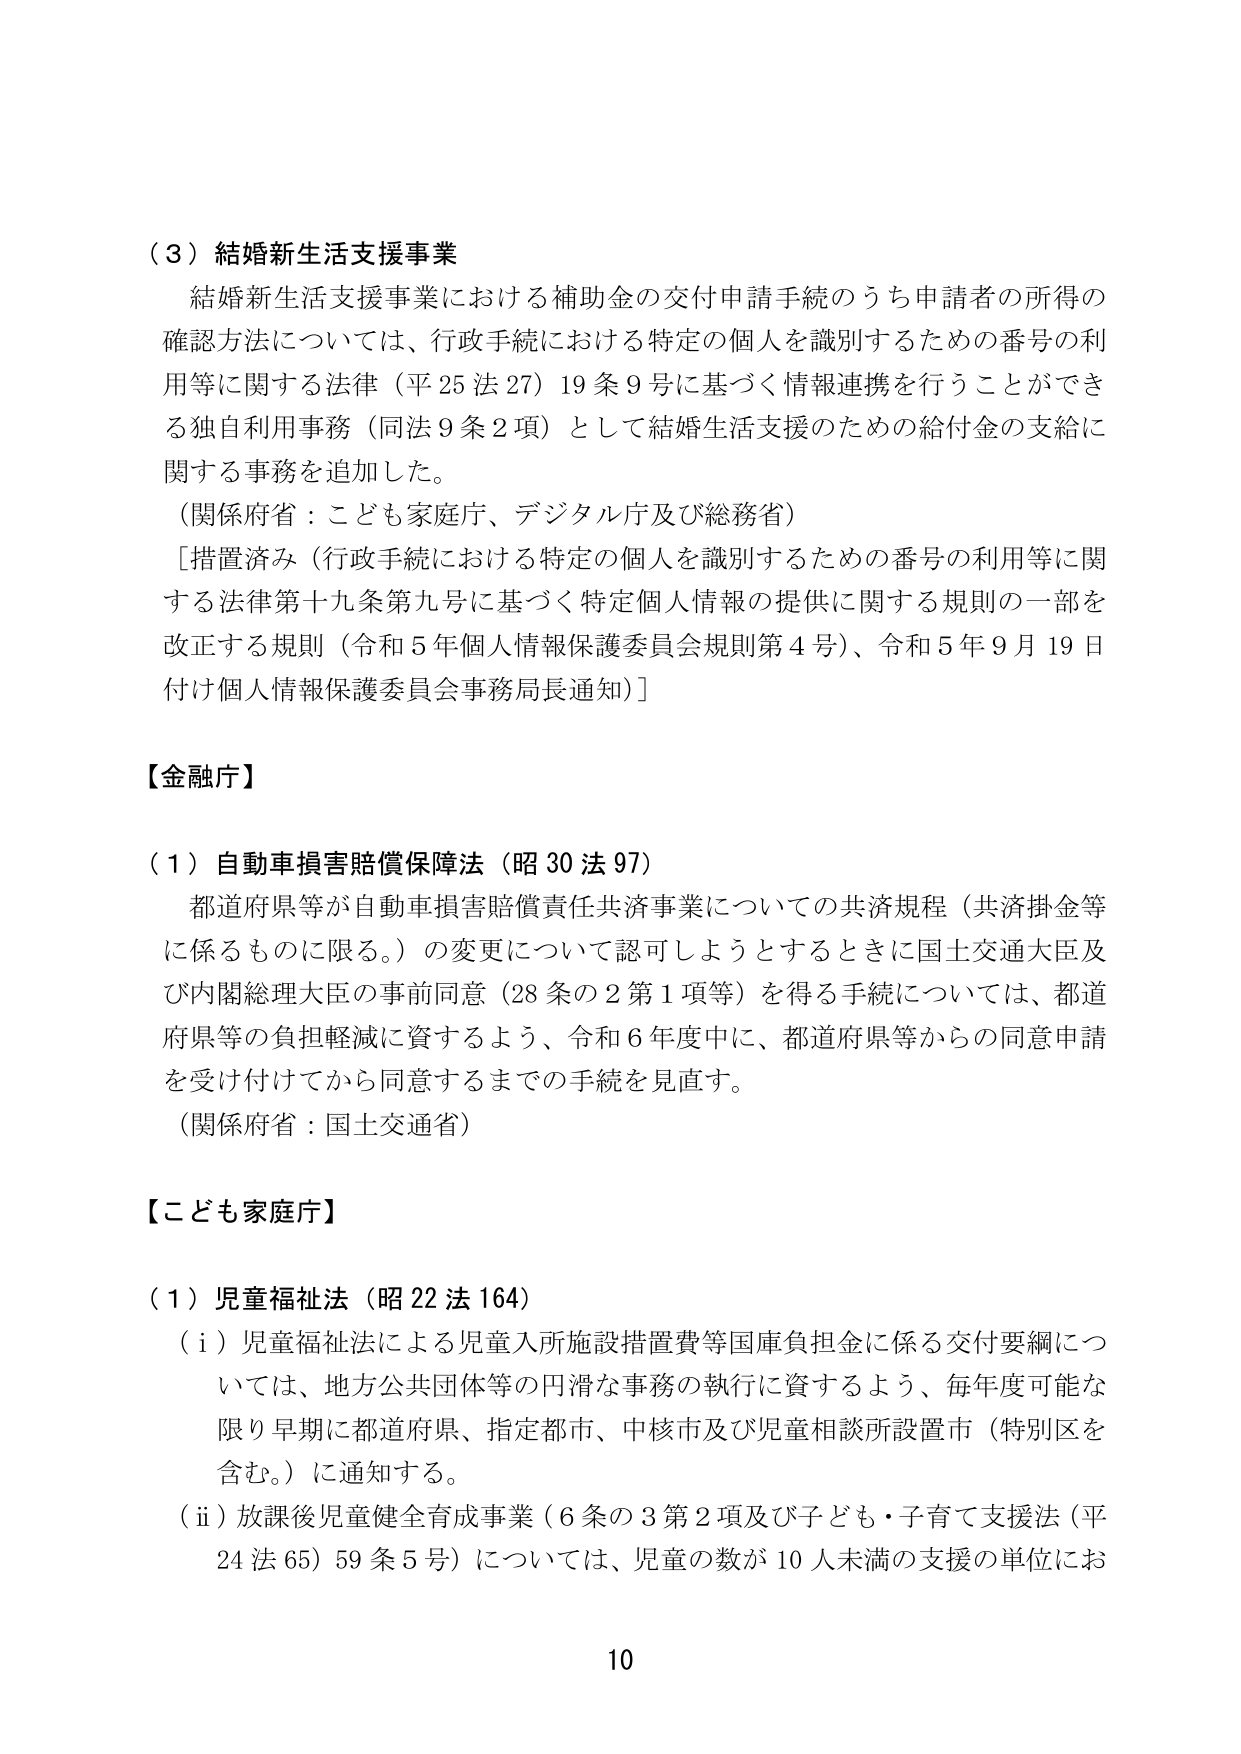
（３）結婚新生活支援事業
結婚新生活支援事業における補助金の交付申請手続のうち申請者の所得の
確認方法については、行政手続における特定の個人を識別するための番号の利
用等に関する法律（平25法27）19条9号に基づく情報連携を行うことができ
る独自利用事務（同法9条2項）として結婚生活支援のための給付金の支給に
関する事務を追加した。
（関係府省：こども家庭庁、デジタル庁及び総務省）
［措置済み（行政手続における特定の個人を識別するための番号の利用等に関
する法律第十九条第九号に基づく特定個人情報の提供に関する規則の一部を
改正する規則（令和5年個人情報保護委員会規則第4号）、令和5年9月19日
付け個人情報保護委員会事務局長通知）］

【金融庁】
（１）自動車損害賠償保障法（昭30法97）
都道府県等が自動車損害賠償責任共済事業についての共済規程（共済掛金等
に係るものに限る。）の変更について認可しようとするときに国土交通大臣及
び内閣総理大臣の事前同意（28条の2第1項等）を得る手続については、都道
府県等の負担軽減に資するよう、令和6年度中に、都道府県等からの同意申請
を受け付けてから同意するまでの手続を見直す。
（関係府省：国土交通省）

【こども家庭庁】
（１）児童福祉法（昭22法164）
（ⅰ）児童福祉法による児童入所施設措置費等国庫負担金に係る交付要綱につ
いては、地方公共団体等の円滑な事務の執行に資するよう、毎年度可能な
限り早期に都道府県、指定都市、中核市及び児童相談所設置市（特別区を
含む。）に通知する。
（ⅱ）放課後児童健全育成事業（6条の3第2項及び子ども・子育て支援法（平
24法65）59条5号）については、児童の数が10人未満の支援の単位にお

10